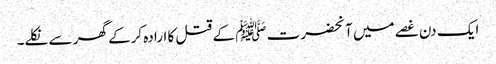
ایک دن غصے میں آنحضرت ﷺ کے قتل کا ارادہ کرکے گھر سے نکلے۔